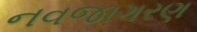
નવજાગરણ